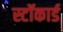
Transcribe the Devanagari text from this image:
स्टॉकार्ड